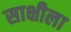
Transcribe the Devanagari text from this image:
साक्षीला